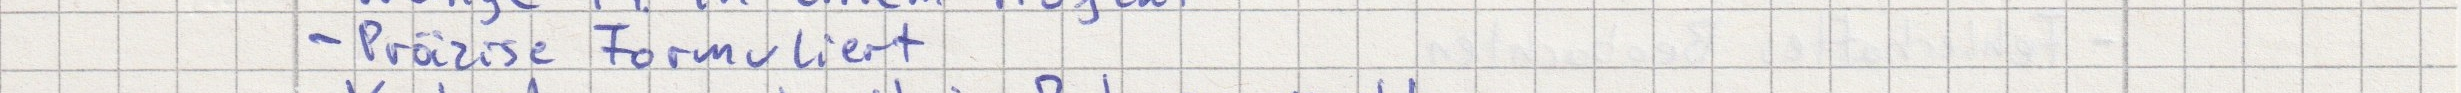
- Präzise Formuliert